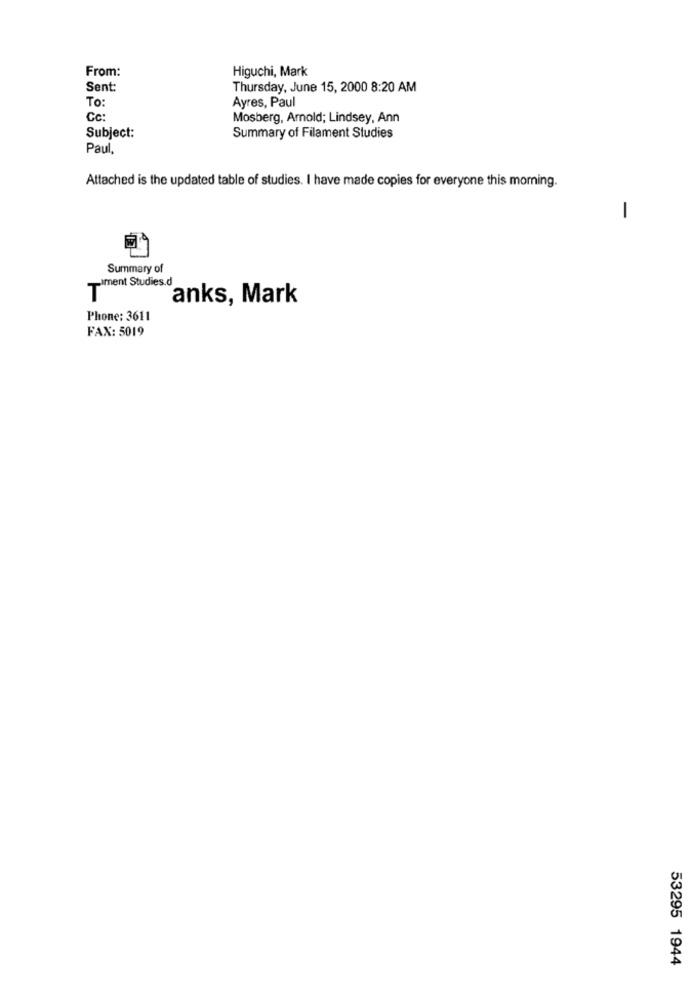
From:
Higuchi, Mark
Sent:
Thursday, June 15, 2000 8:20 AM
To:
Ayres, Paul
Cc:
Mosberg, Arnold; Lindsey, Ann
Subject:
Summary of Filament Studies
Paul,
Attached is the updated table of studies. I have made copies for everyone this morning.
1
Summary of
TIment Studies.d
anks, Mark
Phone: 3611
FAX: 5019
53295 1944